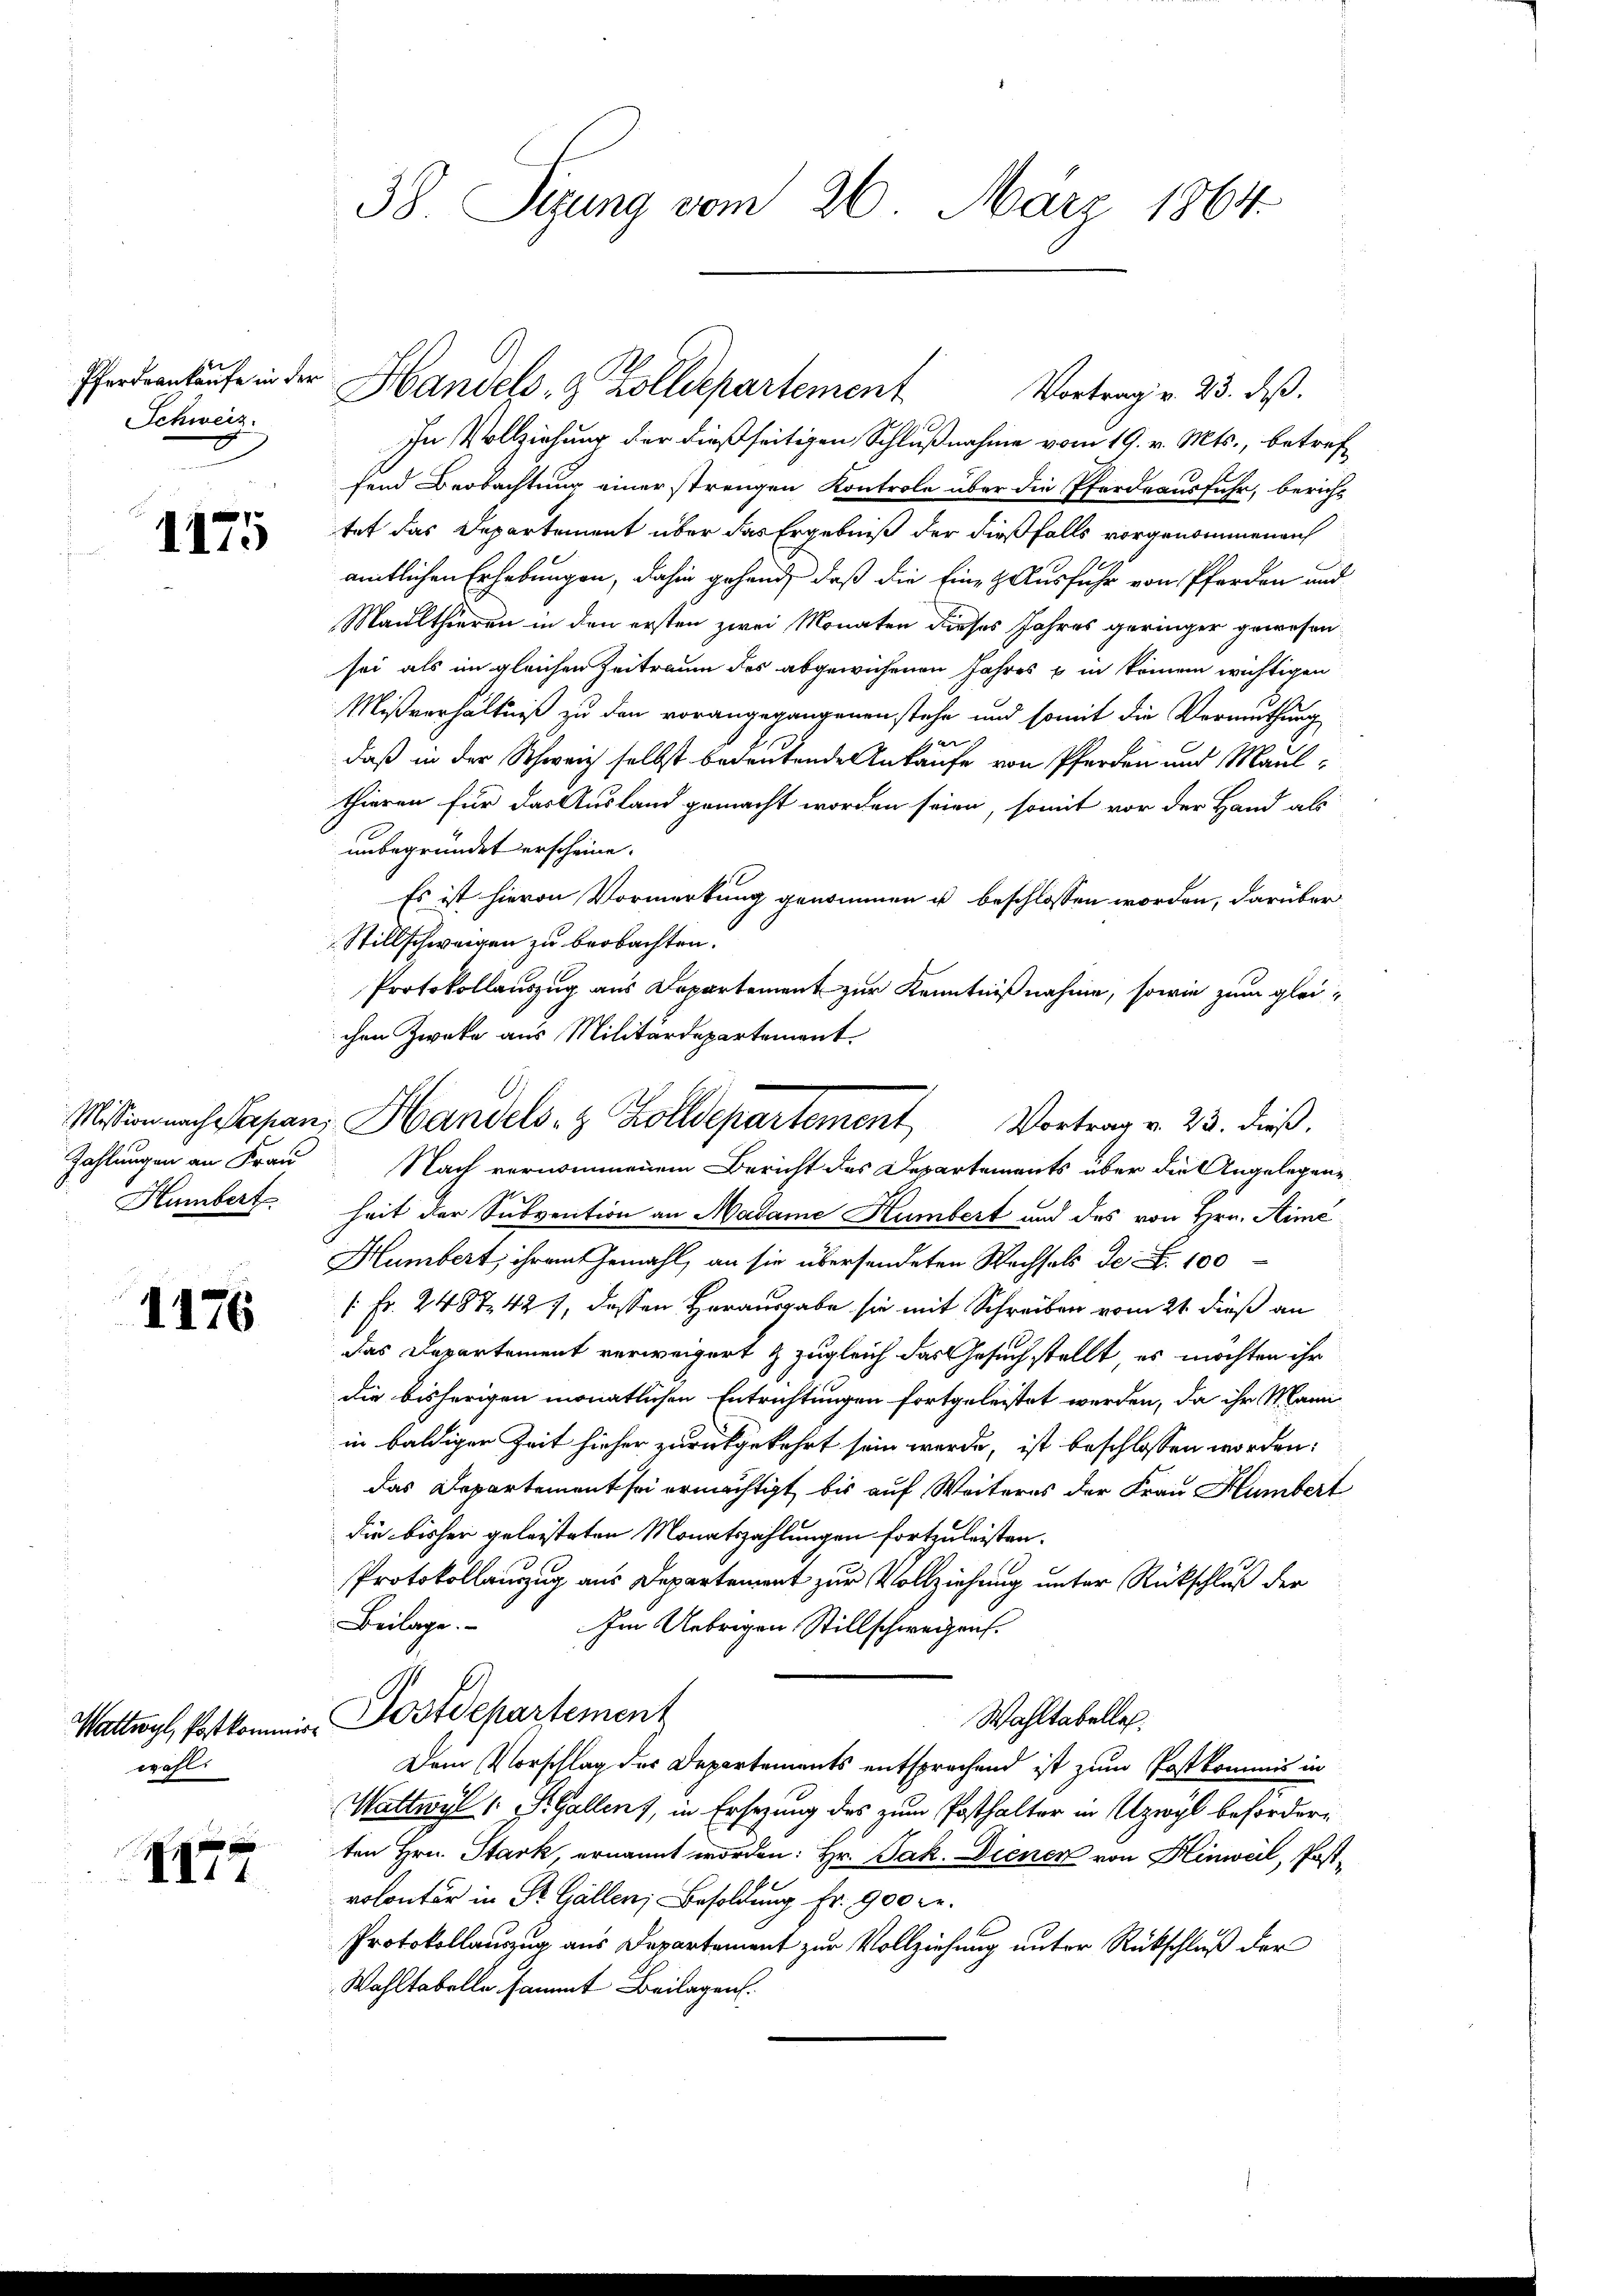
Schweiz.

1175

Humbert

1176

wohl.

1177

In Vollziehung der dießseitigen Schlußnahme vom 19. v. Mts., betreffend Beobachtung einer strengen Kontrole über die Pferdeausfuhr, bericht
tet das Departement über das Ergebniß der dießfalls vorgenommenen
amtlichen Erhebungen, dahin gehend, daß die Eine Hausfuhr von Pferden und
Maulthieren in den ersten zwei Monaten dieses Jahres geringer gewesen
sei als im gleichen Zeitraum des abgewichenen Jahres u in keinem wichtigen
Mißverhältniß zu den vorangegangenen stehe und somit die Vermuthung
l
daß in der Schweiz selbst bedeutende Ankaufe von Pferden und Maul-
thieren für das Ausland gemacht worden seien, somit vor der Hand als
unbegründet erscheine.
Es ist hievon Vormerkung genommen u beschlossen worden, darüber
Stillschweigen zu beobachten.
Protokollauszug aus Departement zur Kenntnißnahme, sowie zum gleichen Zwecke aus Militärdepartement.
Zahlungen an Frau Nach vernommenem Bericht des Departements über die Angelegensheit der Subvention an Madame Humbert und das von Hrn. Simé
Humbert, ihrem Gemahl, an sie übersendeten Wechsels de Nr. 100
[ Fr. 2487. 427, dassen Herausgabe sie mit Schreiben vom 21. dieß an
das Departement verweigert & zugleich das Gesuch stellt, es möchten ihr
die bisherigen monatlichen Entrichtungen fortgeleistet werden, da ihr Mann
in baldiger Zeit hieher zurückgekehrt sein werde, ist beschlossen worden:
das Departement sei ermächtigt, bis auf Weiteres der Frau Humbert
die bisher geleisteten Monatszahlungen fortzuleisten.
Protokollauszug aus Departement zur Vollziehung unter Rückschluß der
Beilage. Im Uebrigen Stillschweizens.
Wahltabelle.
Wattwyl, Potkommer, Postdepartement
Dem Vorschlag der Departements entsprachend ist zum Postkommis in
Wattwyl 1 S. Gallen, in Ersezung des zum Posthalter in Uzwyl beförderten Hrn. Stark, ernannt worden: Hr. Jak. Diener von Hinweil, Postrolontär in Dr. Gallen; Besoldung fr. 900 c.
Protokollauszug aus Departement zur Vollziehung unter Rückschluß der
Wahltabelle sammt Beilagen.

38. Sizung vom 26. März 1864

Pferdankaufe in der Handels- & Zolldepartement

Mission nach Stepanz Handels- & Zolldepartement Vortrag v. 23. dieß.

Vortrag v. 23. daß.